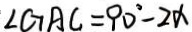
\angle G A C = 9 0 ^ { \circ } - 2 \alpha